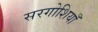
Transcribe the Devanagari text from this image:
सरगोशियाँ